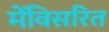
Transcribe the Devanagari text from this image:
मेंविसरित